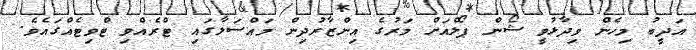
އަދީބު މިހެން ވިދާޅުވީ ޝޯން ޕޯލްއަށް މަރުގެ އިންޒާރުދިން މައްސަލާގައި ޓްރެއްވި ޓްވިޓެއްގައެވެ.